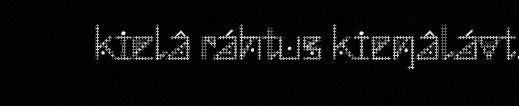
kielâ ráhtus kieŋâlávt.